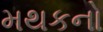
મથકનો